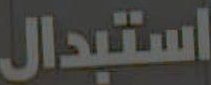
استبدال